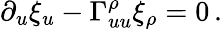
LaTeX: \partial_{u}\xi_{u}-\Gamma_{uu}^{\rho}\xi_{\rho}=0\, .